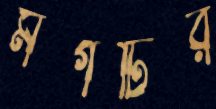
মগটির